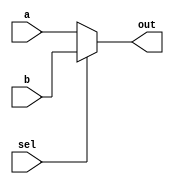
/*
16 bit 2 input mux
*/
module mux16_2way(a,b,sel,out);
	input[15:0] a,b;
	input sel;
	output wire[15:0] out;
	
	assign out=sel?b:a;
endmodule